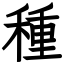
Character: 種